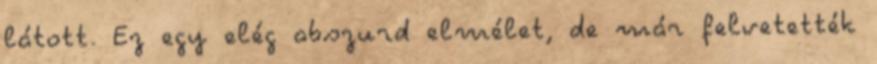
látott. Ez egy elég abszurd elmélet, de már felvetették